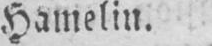
Hamelin.